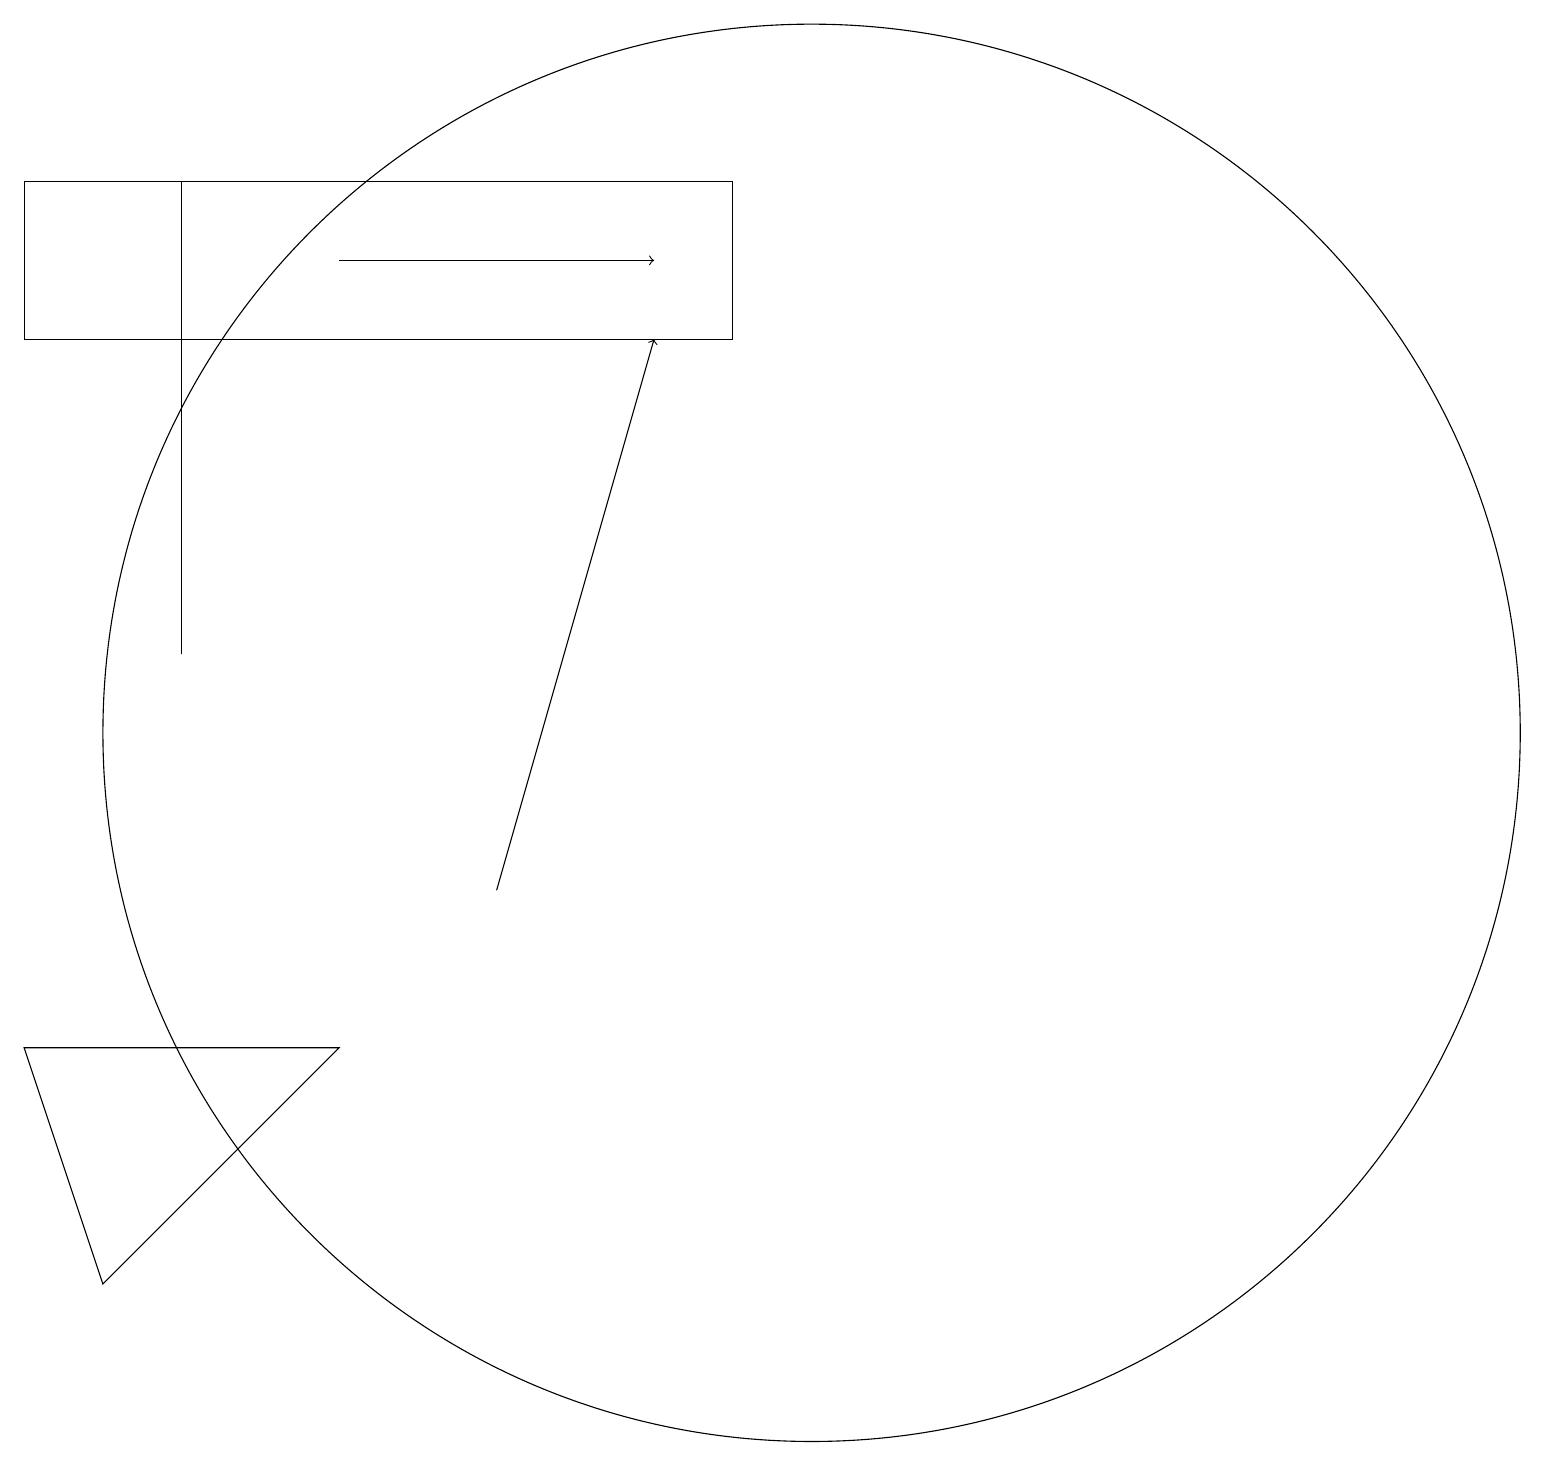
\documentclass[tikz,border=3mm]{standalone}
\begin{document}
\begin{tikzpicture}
\draw[->] (4,18) -- (8,18);
\draw (2,13) rectangle (2,19);
\draw (10,12) circle (9);
\draw[->] (6,10) -- (8,17);
\draw (4,8) -- (0,8) -- (1,5) -- cycle;
\draw (0,19) rectangle (9,17);
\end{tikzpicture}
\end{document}